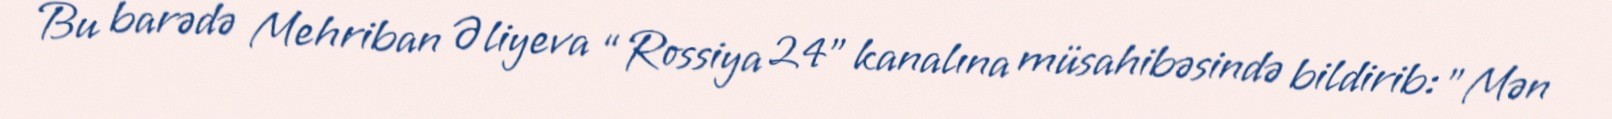
Bu barədə Mehriban Əliyeva “Rossiya 24" kanalına müsahibəsində bildirib: ”Mən